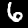
Digit: 6